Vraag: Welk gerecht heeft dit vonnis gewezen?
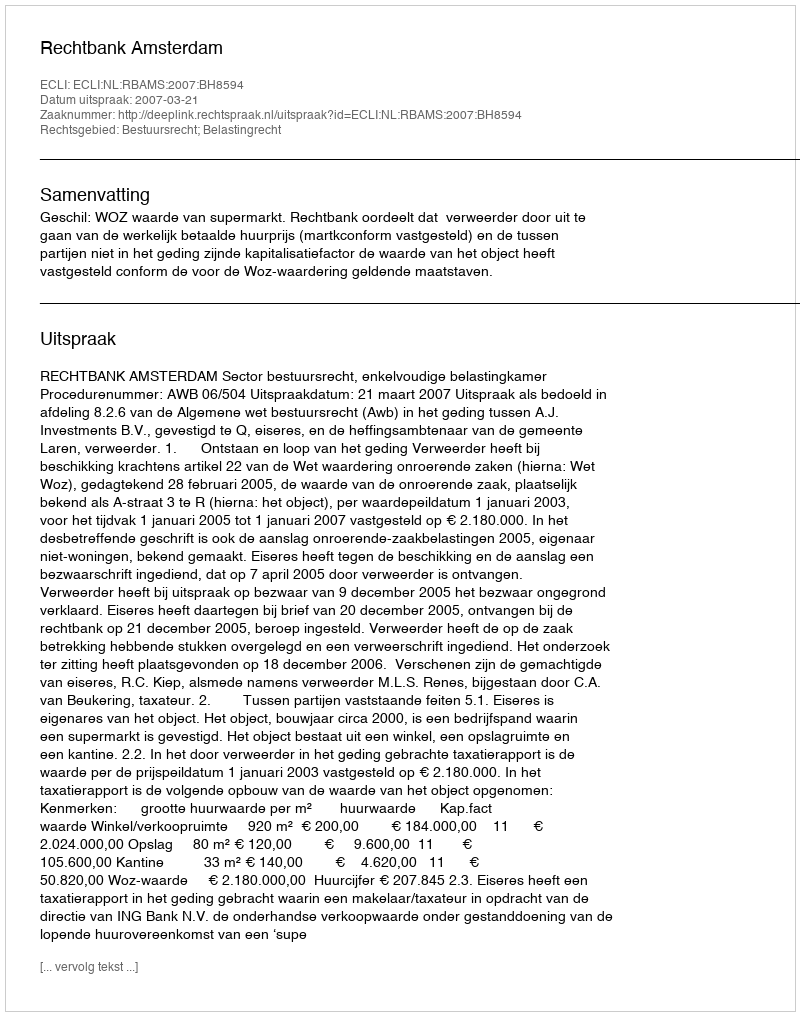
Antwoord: Rechtbank Amsterdam